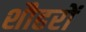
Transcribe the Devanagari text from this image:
शौहरों